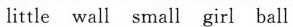
little wall small girl ball